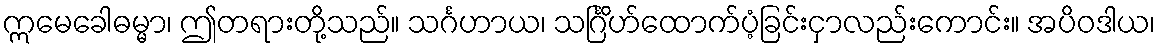
ဣမေခေါဓမ္မာ၊ ဤတရားတို့သည်။ သင်္ဂဟာယ၊ သင်္ဂြိဟ်ထောက်ပံ့ခြင်းငှာလည်းကောင်း။ အပိဝဒါယ၊